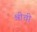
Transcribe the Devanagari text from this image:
श्रीची